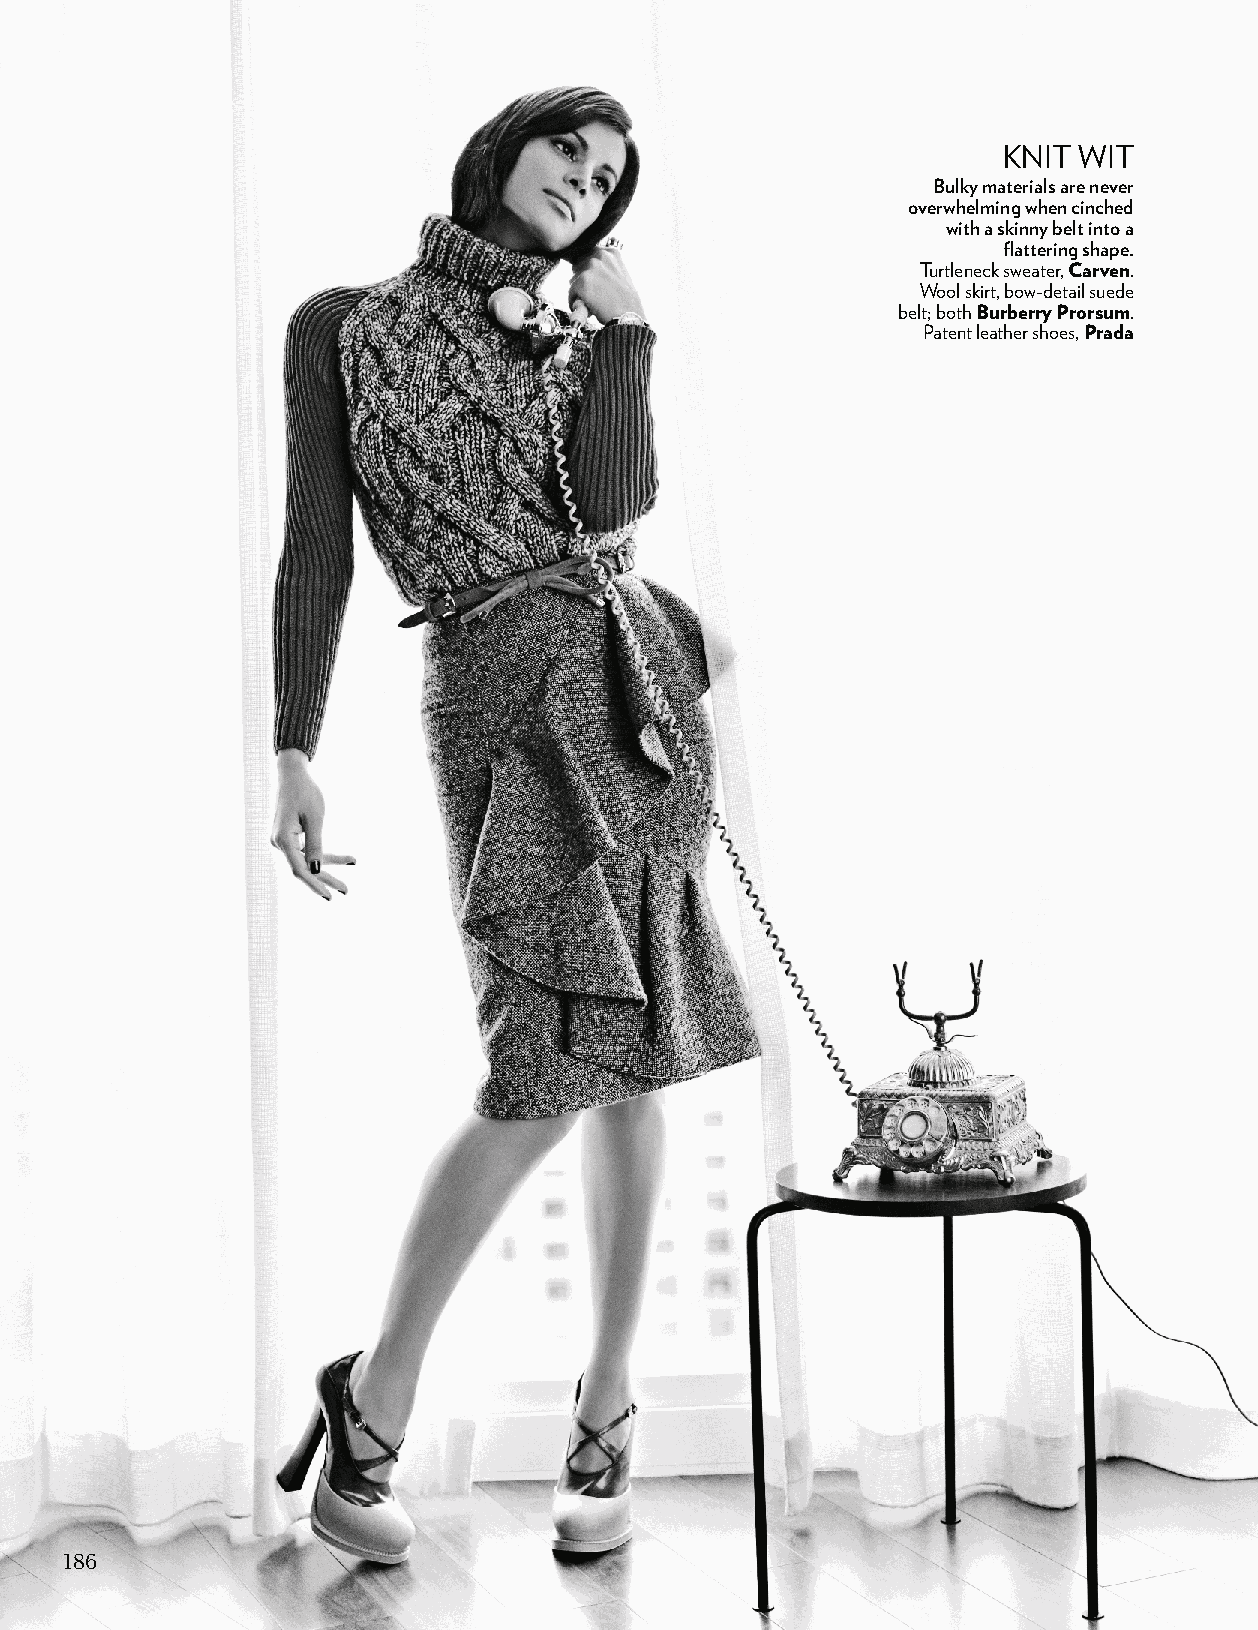
KNIT WIT
 Bulky materials are never
 overwhelming when cinched
 with a skinny belt into a
 flattering shape.
 Turtleneck sweater, Carven.
 Wool skirt, bow-detail suede
 belt; both Burberry Prorsum.
 Patent leather shoes, Prada
 186